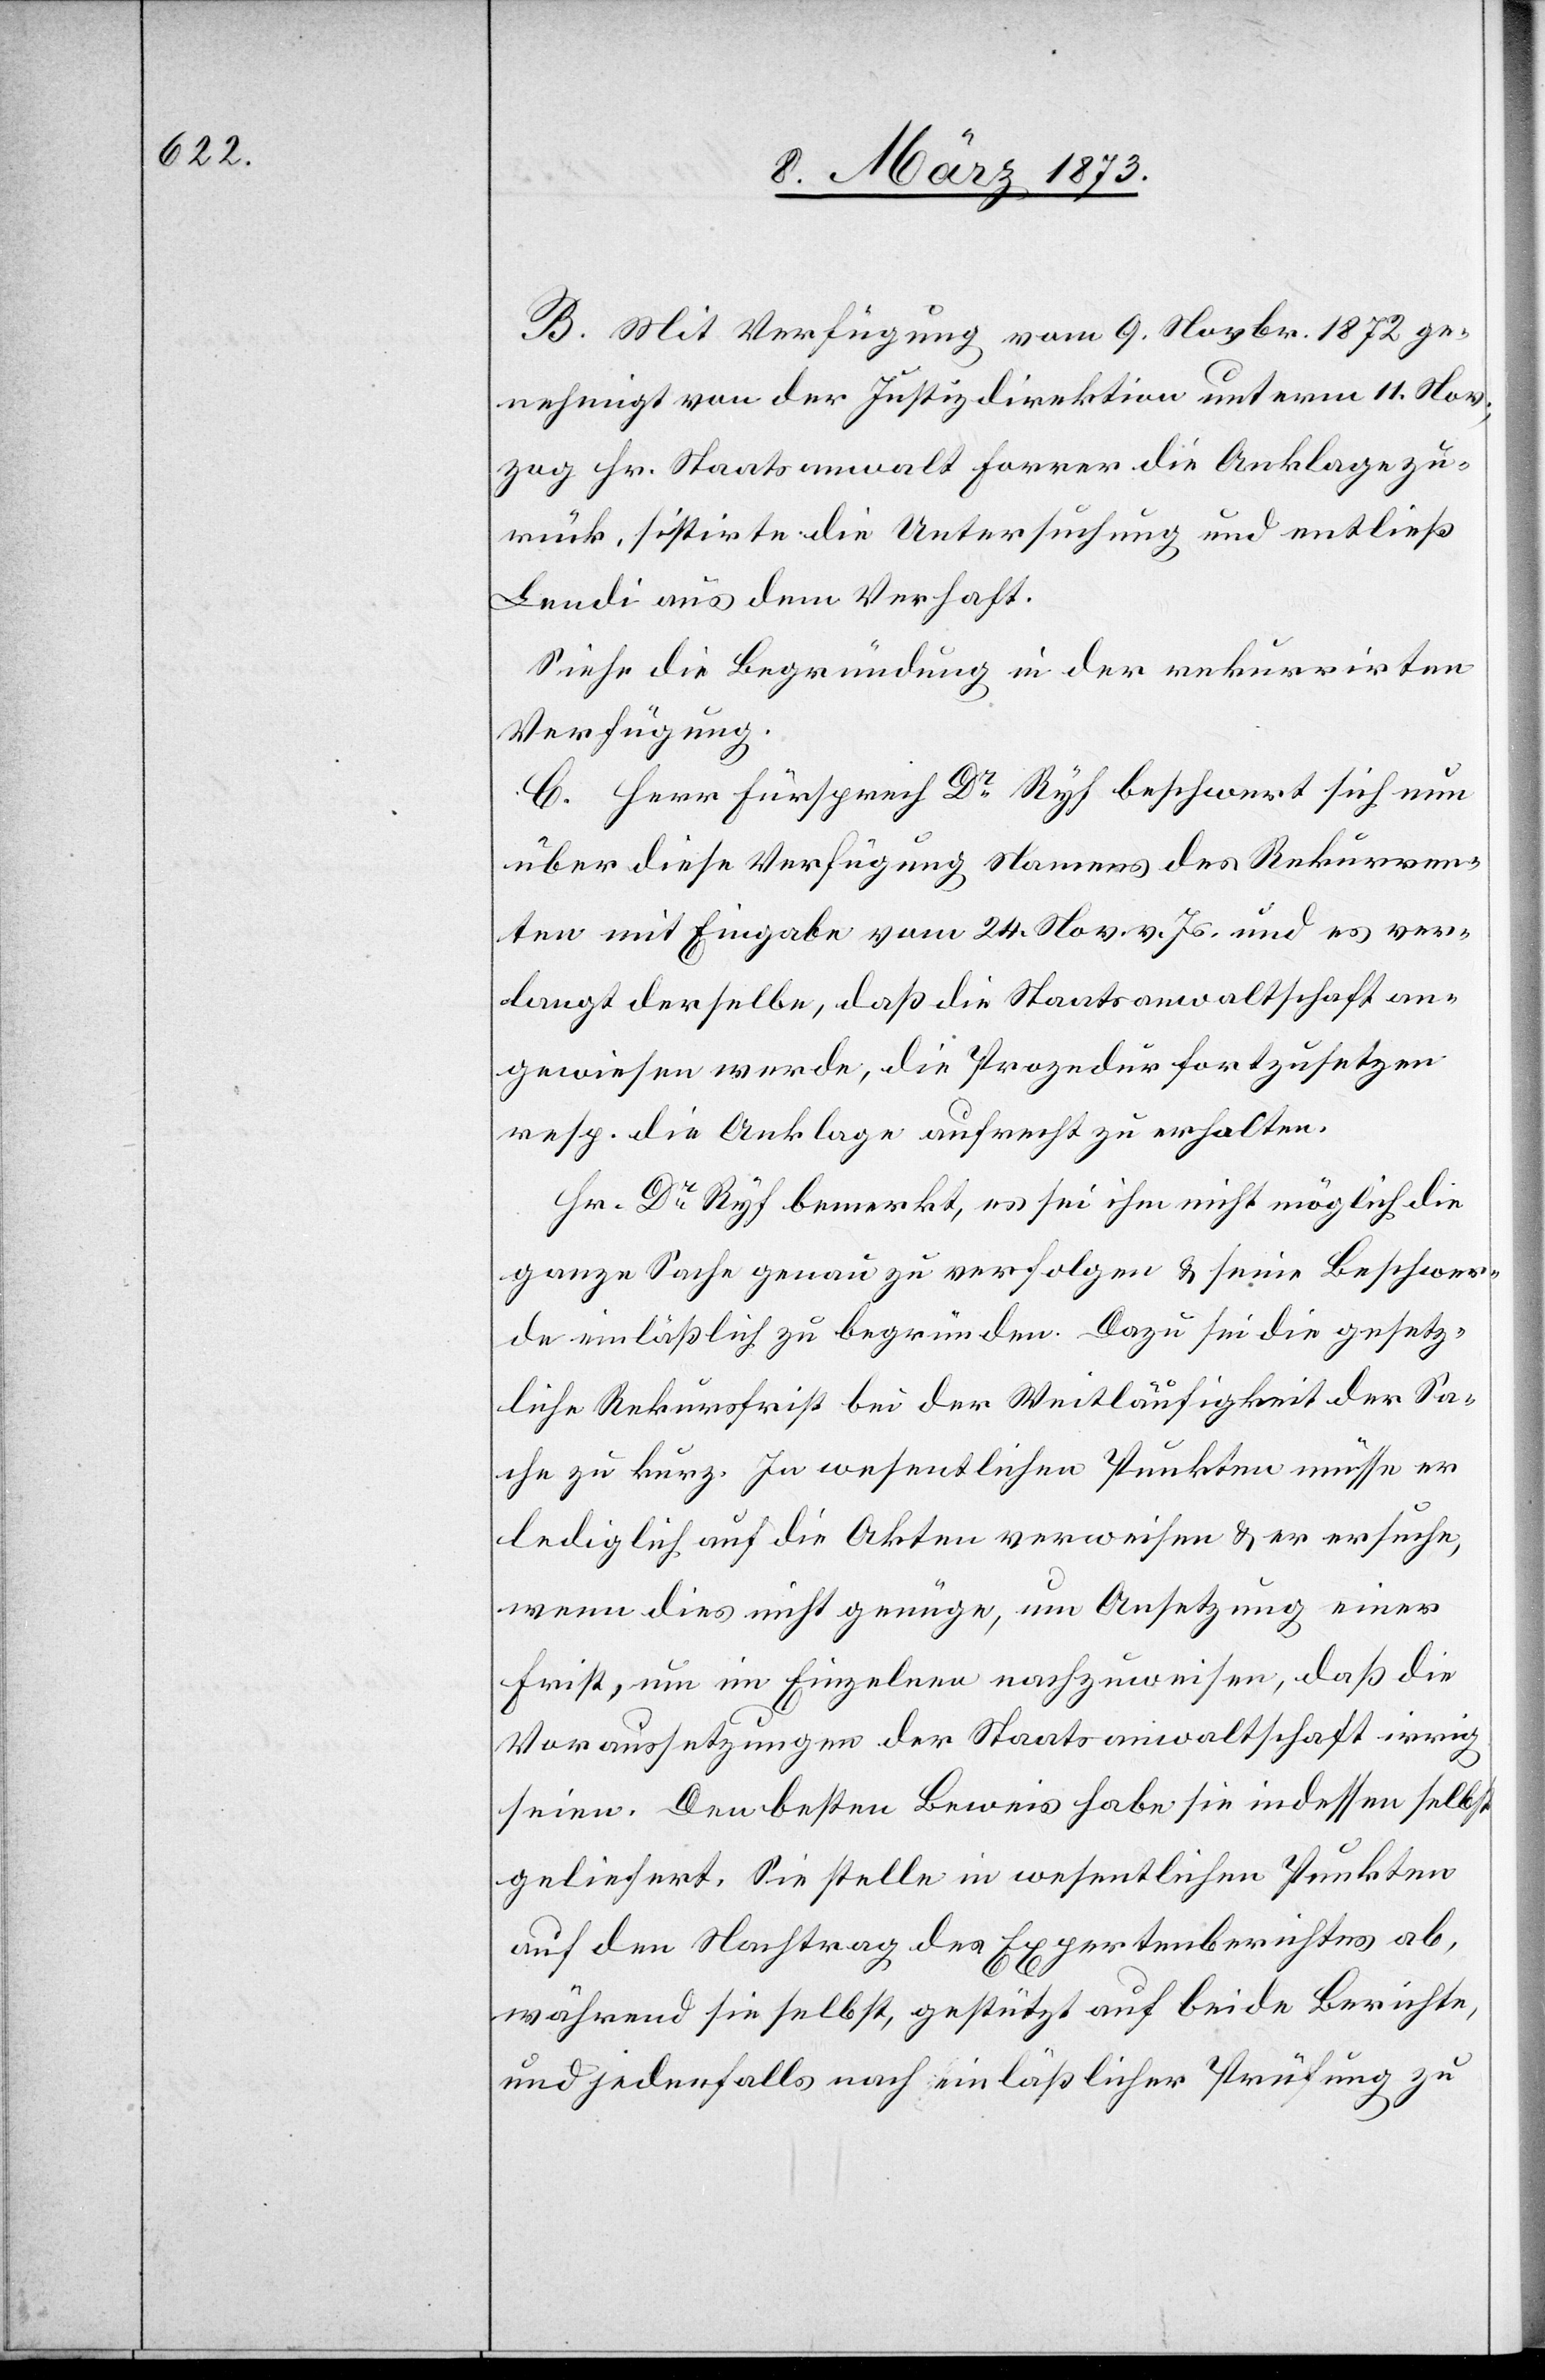
B. Mit Verfügung vom 9. Novbr. 1872 ge¬
nehmigt von der Justizdirektion unterm 11. Nov.;
zog Hr. Staatsanwalt Forrer die Anklage zu¬
rück, sistirte die Untersuchung und entließ
Lendi aus dem Verhaft.
Siehe die Begründung in der rekurrirten
Verfügung.
C. Herr Fürsprech Dr Ryf beschwert sich nun
über diese Verfügung Namens des Rekurren¬
ten mit Eingabe vom 24. Nov. v. Js. und es ver¬
langt derselbe, daß die Staatsanwaltschaft an¬
gewiesen werde, die Prozedur fortzusetzen
resp. die Anklage aufrecht zu erhalten.
Hr. Dr Ryf bemerkt, es sei ihm nicht möglich die
ganze Sache genau zu verfolgen u. seine Beschwer¬
de einläßlich zu begründen. Dazu sei die gesetz¬
liche Rekursfrist bei der Weitläufigkeit der Sa¬
che zu kurz. In wesentlichen Punkten müsse er
lediglich auf die Akten verweisen u. er ersuche,
wenn dies nicht genüge, um Ansetzung einer
Frist, um im Einzelnen nachzuweisen, daß die
Voraussetzungen der Staatsanwaltschaft irrig
seien. Den besten Beweis habe sie indessen selbst
geliefert. Sie stelle in wesentlichen Punkten
auf den Nachtrag des Expertenberichtes ab,
während sie selbst, gestützt auf beide Berichte,
und jedenfalls nach einläßlicher Prüfung zu